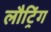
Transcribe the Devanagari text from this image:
लौट्रिंग